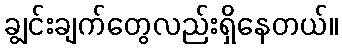
ချွင်းချက်တွေလည်းရှိနေတယ်။